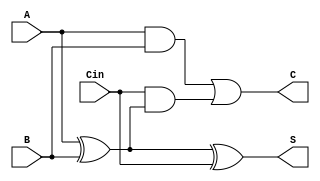
module CSA (
    input [3:0] A,      // First operand
    input [3:0] B,      // Second operand
    input [3:0] Cin,    // Carry input
    output [3:0] S,     // Sum output
    output [3:0] C      // Carry output
);
    assign S = A ^ B ^ Cin; // Sum is the bitwise XOR of A, B, and Cin
    assign C = (A & B) | (Cin & (A ^ B)); // Carry is generated from A, B, and Cin
endmodule